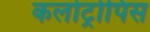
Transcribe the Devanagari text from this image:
कलोट्रोपिस